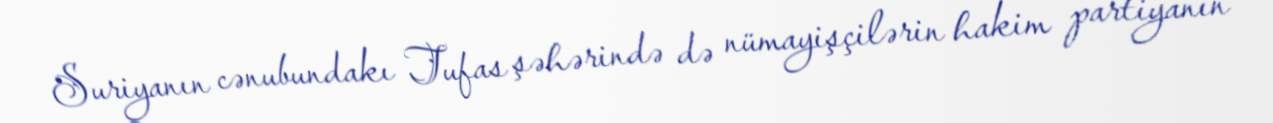
Suriyanın cənubundakı Tufas şəhərində də nümayişçilərin hakim partiyanın